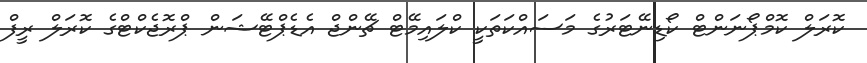
ކޮރަލް ކޮމްޕޯނަންޓް ކޯޑިނޭޓަރުގެ މަސައްކަތަކީ ކްލައިމޭޓް ޗޭންޖް އެޑެޕްޓޭޝަން ޕްރޮޖެކްޓްގެ ކޮރަލް ރީފް